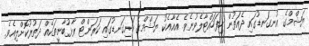
ޔަޝްމްގެ އުނގަނޑުގައި ދެއަތުން ހިފަހައްޓާލެވުނެވެ. އެއާއެކު ޔަޝްމްގެ ހަށިގަނޑުގައި ކަރަންޓް ރާޅުބާނީތަކެއް ދަތުރުކޮށްލިއެވެ.